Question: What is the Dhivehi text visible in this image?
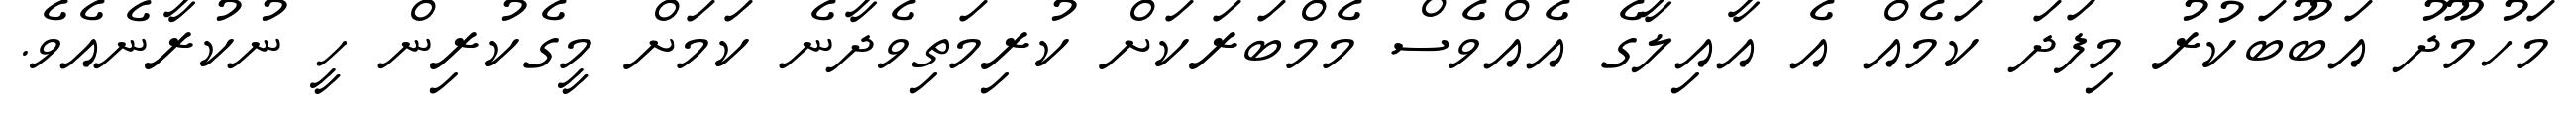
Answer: މަހުމޫދު އަބޫބަކުރު މިފަދަ ކަމެއް އެ އާއިލާގެ އެއްވެސް މެމްބަރަކަށް ކުރިމަތިވެދާނެ ކަމަށް މީގެކުރިން ހީ ނުކުރާނެއެވެ.